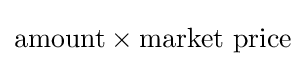
{\hbox{amount}}\times {\hbox{market price}}